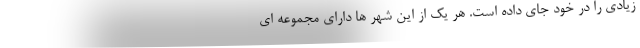
زیادی را در خود جای داده است. هر یک از این شهر ها دارای مجموعه ای